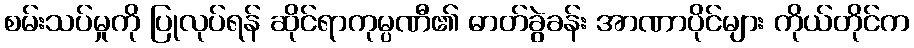
စမ်းသပ်မှုကို ပြုလုပ်ရန် ဆိုင်ရာကုမ္ပဏီ၏ ဓာတ်ခွဲခန်း အာဏာပိုင်များ ကိုယ်တိုင်က